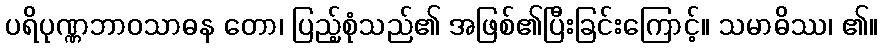
ပရိပုဏ္ဏဘာဝသာဓန တော၊ ပြည့်စုံသည်၏ အဖြစ်၏ပြီးခြင်းကြောင့်။ သမာဓိဿ၊ ၏။